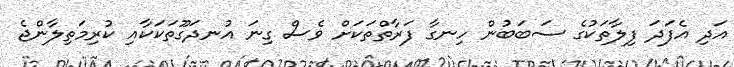
އަދި އެފަދަ ފިލާތަކުގެ ސަބަބުން ހިނގާ ފަރާތްތަކަށް ވެސް ގިނަ އުނދަގޫތަކަކާއި ކުރިމަތިލާންޖެެ